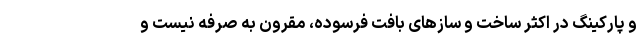
و پارکینگ در اکثر ساخت و سازهای بافت فرسوده، مقرون به صرفه نیست و